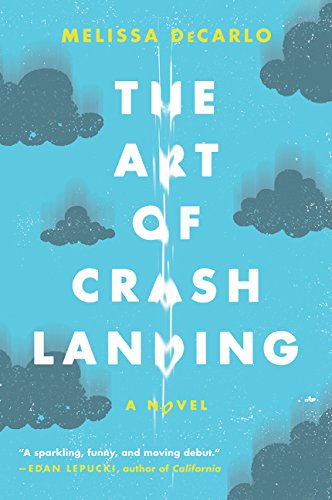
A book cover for The Art of Crash Landing: A Novel (P.S.); Melissa DeCarlo; Literature & Fiction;